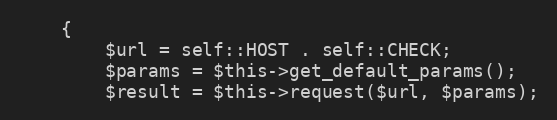
Language: PHP
    {
        $url = self::HOST . self::CHECK;
        $params = $this->get_default_params();
        $result = $this->request($url, $params);